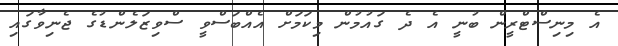
އެ މިނިސްޓްރީން ބުނީ އެ ދެ ގައުމުން މިކަމަށް އެއްބަސްވީ ސްވިޒަލެންޑުގެ ޖެނިވާގައި